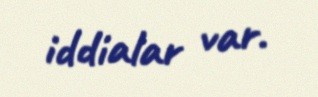
iddialar var.